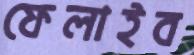
ফেলাইব